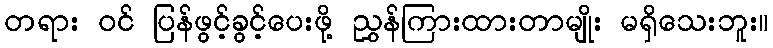
တရား ဝင် ပြန်ဖွင့်ခွင့်ပေးဖို့ ညွှန်ကြားထားတာမျိုး မရှိသေးဘူး။